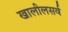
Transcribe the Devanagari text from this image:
खालीलसर्व